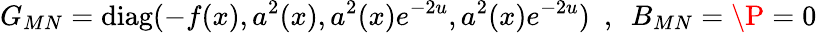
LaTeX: G_{MN}=\mathrm{diag}(-f(x),a^{2}(x),a^{2}(x)e^{-2u},a^{2}(x)e^{-2u})\, \, \, ,\, \, \, B_{MN}=\P=0